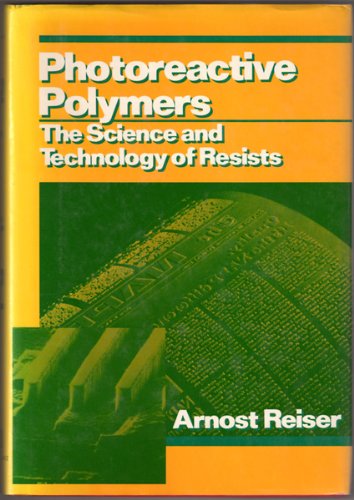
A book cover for Photoreactive Polymers: The Science and Technology of Resists; Arnost Reiser; Science & Math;